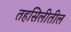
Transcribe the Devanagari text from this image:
तहसिलीतील